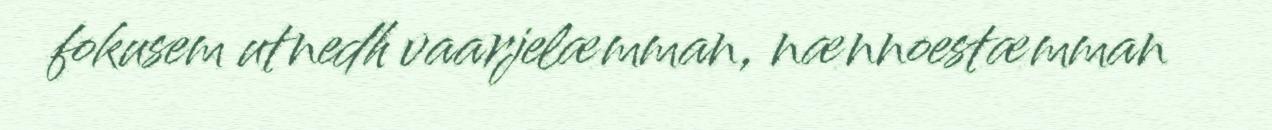
fokusem utnedh vaarjelæmman, nænnoestæmman